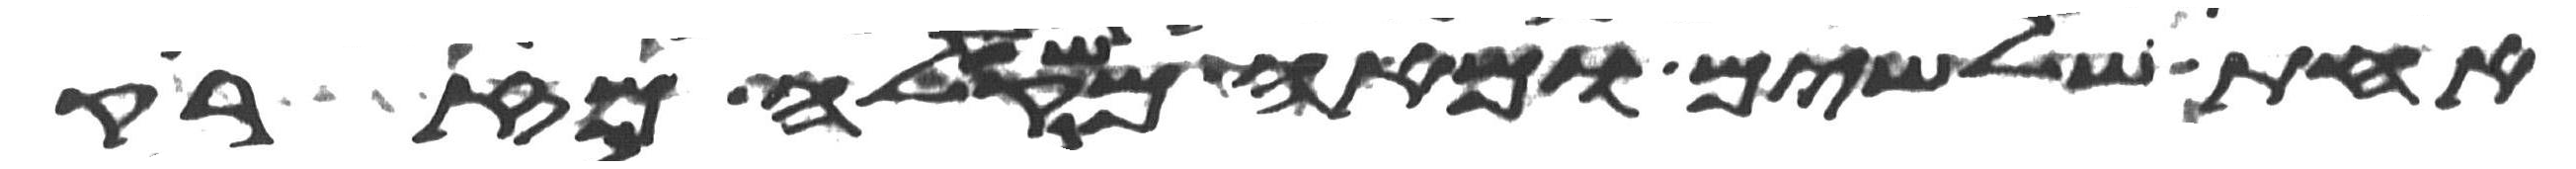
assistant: אחת שלשים ומאה משקלה מזרק